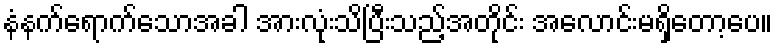
နံနက်ရောက်သောအခါ အားလုံးသိပြီးသည့်အတိုင်း အလောင်းမရှိတော့ပေ။